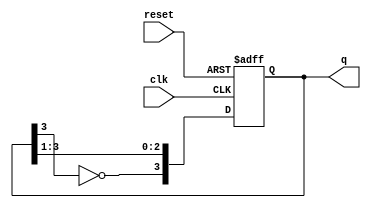
module johnson_counter (
    input wire clk,        // Clock signal
    input wire reset,      // Asynchronous reset
    output reg [3:0] q     // 4-bit output (for 4 flip-flops)
);

    // Always block for the synchronous operation of the Johnson counter
    always @(posedge clk or posedge reset) begin
        if (reset) begin
            // Reset the counter to 0000
            q <= 4'b0000;
        end else begin
            // Johnson counter state transition
            q <= {~q[3], q[3:1]}; // Invert last bit and shift
        end
    end

endmodule